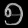
Digit: ၅